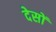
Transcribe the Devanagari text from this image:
देसों